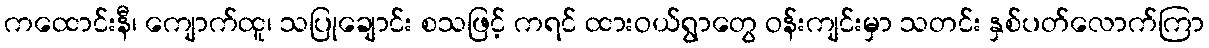
ကထောင်းနီ၊ ကျောက်ထူ၊ သပြုချောင်း စသဖြင့် ကရင် ထားဝယ်ရွာတွေ ဝန်းကျင်းမှာ သတင်း နှစ်ပတ်လောက်ကြာ